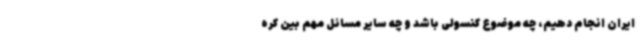
ایران انجام دهیم، چه موضوع کنسولی باشد و چه سایر مسائل مهم بین کره